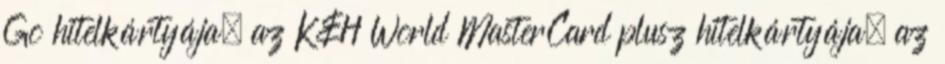
Go hitelkártyája, az K&H World MasterCard plusz hitelkártyája, az